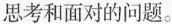
思考和面对的问题。